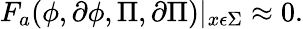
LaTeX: F_{a}(\phi,\partial\phi,\Pi,\partial\Pi)|_{x\epsilon\Sigma}\approx 0.